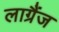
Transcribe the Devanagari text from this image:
लाग्रैंज